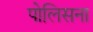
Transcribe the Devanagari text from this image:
पोलिसना